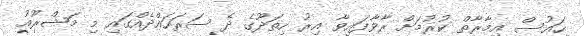
ހައުސް އިމާރާތް ކުރުމަށް ރާވާފައިވާ އިރު ހިތަދޫގެ ދެ ސަރަހައްދެއްގައި މި މަޝްރޫއު